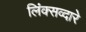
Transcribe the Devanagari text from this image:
लिंक्सव्दारे